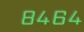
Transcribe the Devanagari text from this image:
८४६४